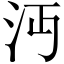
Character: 沔